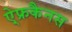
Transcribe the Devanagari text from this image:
ऐ्फ्रकैनस